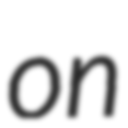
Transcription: on